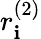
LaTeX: r_{\mathbf{i}}^{(2)}